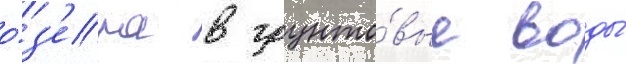
о́з'ера в грунто́вые воды́